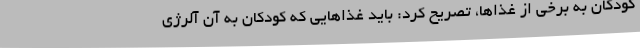
کودکان به برخی از غذاها، تصریح کرد: باید غذاهایی که کودکان به آن آلرژی